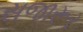
સજારૂર